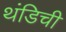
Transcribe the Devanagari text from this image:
थंडिची